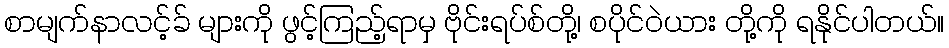
စာမျက်နာလင့်ခ် များကို ဖွင့်ကြည့်ရာမှ ဗိုင်းရပ်စ်တို့၊ စပိုင်ဝဲယား တို့ကို ရနိုင်ပါတယ်။